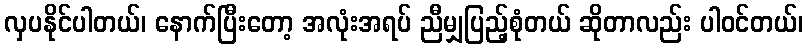
လှပနိုင်ပါတယ်၊ နောက်ပြီးတော့ အလုံးအရပ် ညီမျှပြည့်စုံတယ် ဆိုတာလည်း ပါဝင်တယ်၊